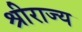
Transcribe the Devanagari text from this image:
श्रीराज्य